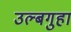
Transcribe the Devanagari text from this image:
उल्बगुहा